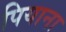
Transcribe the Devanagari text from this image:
पियाना